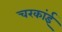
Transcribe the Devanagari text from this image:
चरकांई